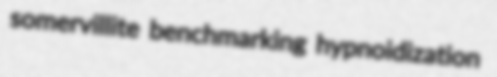
somervillite benchmarking hypnoidization